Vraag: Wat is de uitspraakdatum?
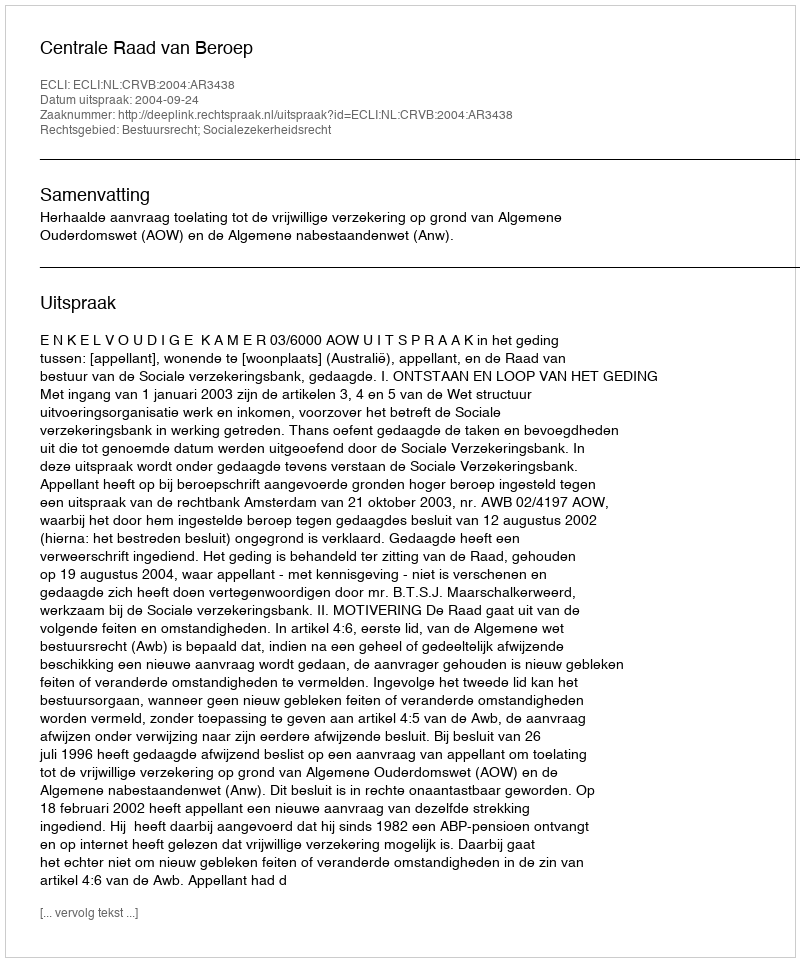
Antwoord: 2004-09-24